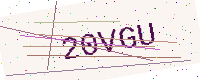
Text: 20VGU